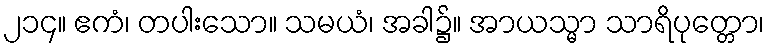
၂၁၄။ ဧကံ၊ တပါးသော။ သမယံ၊ အခါ၌။ အာယသ္မာ သာရိပုတ္တော၊